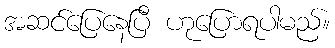
အဆင်ပြေနေပြီ ဟုပြောရပါမည်။